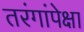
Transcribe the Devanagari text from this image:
तरंगांपेक्षा